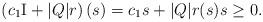
LaTeX: \begin{align*}\left(c_1 \mathrm{I} + |Q|r\right)(s) = c_1 s + |Q| r(s) s \ge 0.\end{align*}